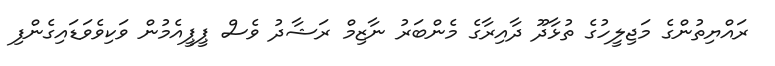
ރައްޔިތުންގެ މަޖިލީހުގެ ތުޅާދޫ ދާއިރާގެ މެންބަރު ނާޒިމް ރަޝާދު ވެސް ޕީޕީއެމުން ވަކިވެވަޑައިގެންފި